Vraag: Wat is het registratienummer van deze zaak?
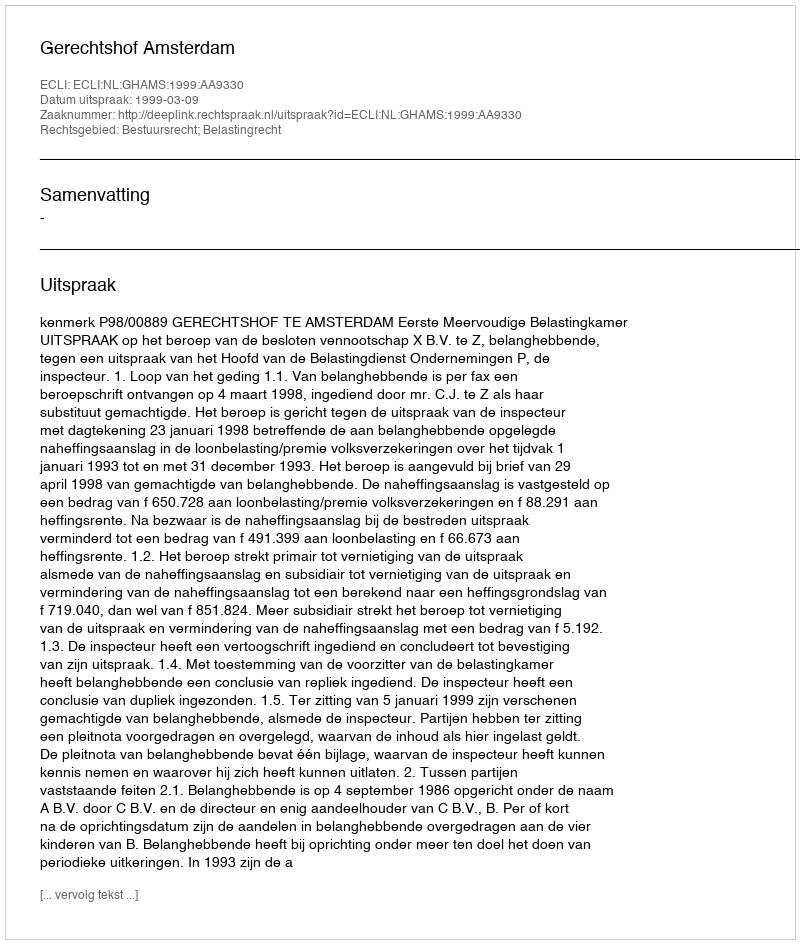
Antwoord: http://deeplink.rechtspraak.nl/uitspraak?id=ECLI:NL:GHAMS:1999:AA9330